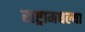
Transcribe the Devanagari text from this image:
राष्ट्रामधल्या